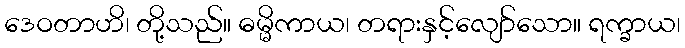
ဒေဝတာဟိ၊ တို့သည်။ ဓမ္မိကာယ၊ တရားနှင့်လျော်သော။ ရက္ခာယ၊